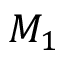
M _ { 1 }